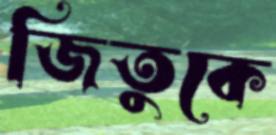
জিতুকে